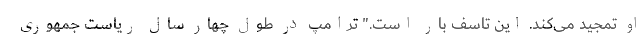
او تمجید می‌کند. این تاسف بار است." ترامپ در طول چهار سال ریاست جمهوری